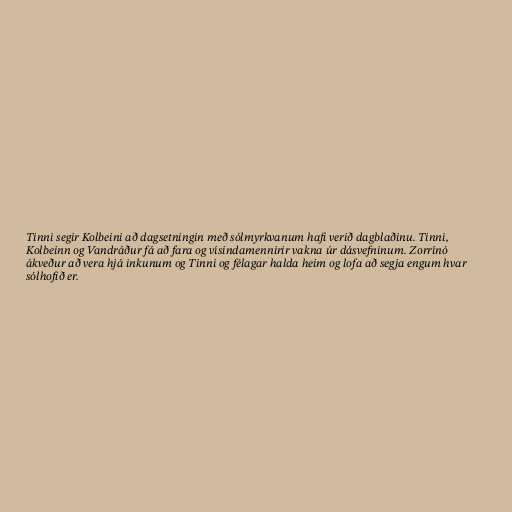
Tinni segir Kolbeini að dagsetningin með sólmyrkvanum hafi verið dagblaðinu. Tinni,
Kolbeinn og Vandráður fá að fara og vísindamennirir vakna úr dásvefninum. Zorrínó
ákveður að vera hjá inkunum og Tinni og félagar halda heim og lofa að segja engum hvar
sólhofið er.